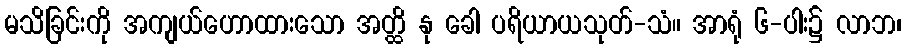
မသိခြင်းကို အကျယ်ဟောထားသော အတ္ထိ နု ခေါ ပရိယာယသုတ်-သံ။ အာရုံ ၆-ပါး၌ လာဘ၊